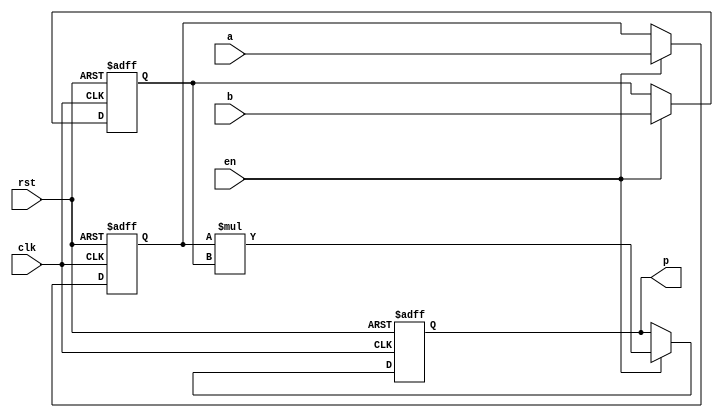
module mul_signed_async (clk, rst, en, a, b, p);
    parameter M = 8;
    parameter N = 6;
    input wire signed clk, rst, en;
    input wire signed [M-1:0] a;
    input wire signed [N-1:0] b;
    output reg signed [M+N-1:0] p;
    reg signed [M-1:0] a_reg;
    reg signed [N-1:0] b_reg;
    always @(posedge clk or posedge rst)
    begin
        if (rst) begin
            a_reg <= 0;
            b_reg <= 0;
            p <= 0;
        end
        else if (en) begin
            a_reg <= a;
            b_reg <= b;
            p <= a_reg * b_reg;
        end
    end
endmodule